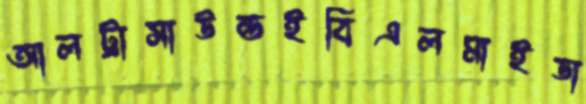
আলট্রাসাউন্ডইবিএলমাইডা